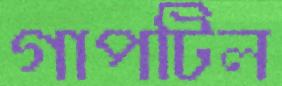
গাপটিল